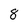
Character: 8